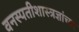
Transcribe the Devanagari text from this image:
वनस्पतीशास्त्रज्ञांच्या